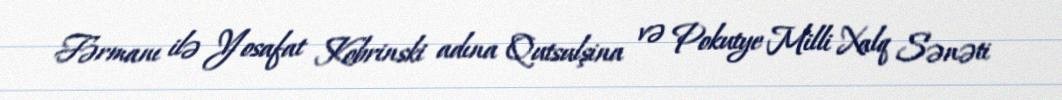
Fərmanı ilə Yosafat Kobrinski adına Qutsulşina və Pokutye Milli Xalq Sənəti